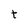
Character: t